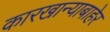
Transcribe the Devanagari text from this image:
कारखान्याबाहेर